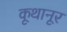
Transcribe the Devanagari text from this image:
कूथानूर